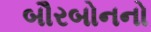
બૌરબોનનો